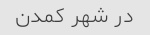
در شهر کمدن